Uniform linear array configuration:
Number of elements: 4
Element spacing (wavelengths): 0.75
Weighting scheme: kaiser
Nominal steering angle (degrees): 15
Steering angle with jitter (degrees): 15.703
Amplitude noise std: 0.05
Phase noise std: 0.05

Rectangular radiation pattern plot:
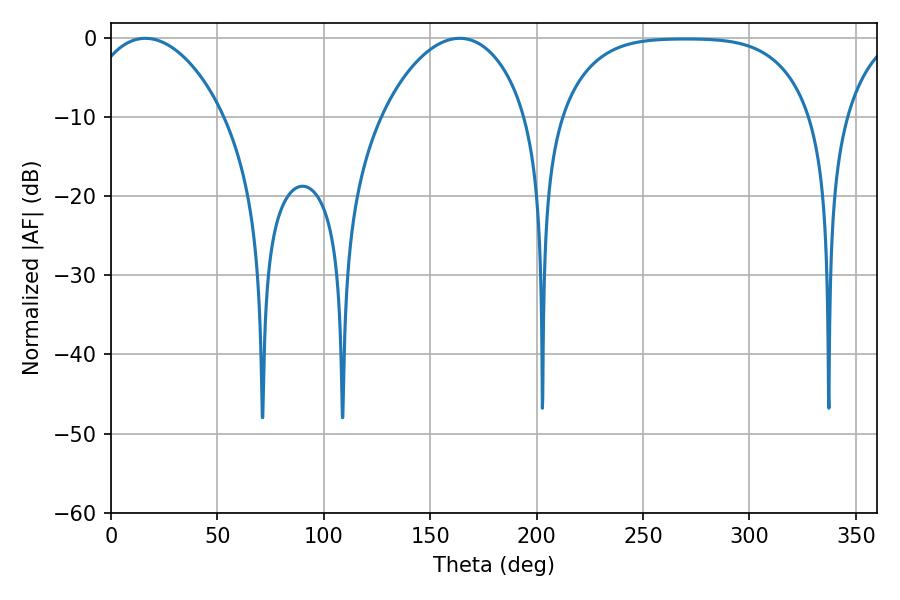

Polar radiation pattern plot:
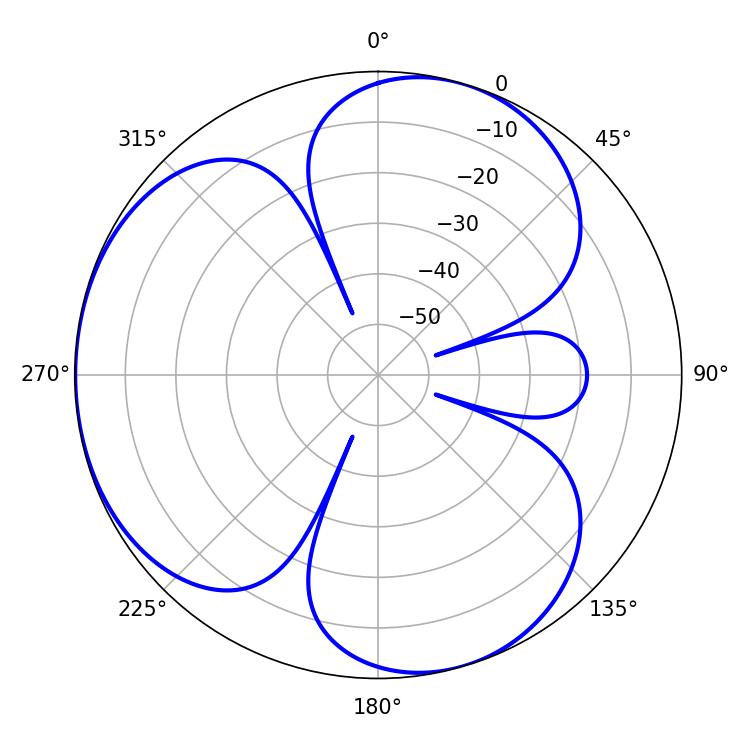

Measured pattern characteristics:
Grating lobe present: TRUE
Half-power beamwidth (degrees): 36.54
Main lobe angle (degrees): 16.2